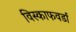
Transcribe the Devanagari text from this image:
विस्काफवर्डा